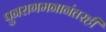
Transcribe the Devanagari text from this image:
पुनरागमनानंतरही